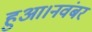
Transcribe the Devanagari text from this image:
हुआ।नवंबर